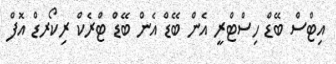
އިޓްސް ބޭޑް ހިސްޓްރީ އެން ބޭޑް އެން ބޭޑް ޓްރެކް ރިކޯރޑް އޮފް